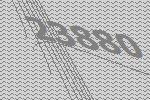
23880